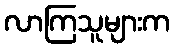
လာကြသူများက